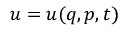
u = u ( q , p , t )